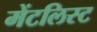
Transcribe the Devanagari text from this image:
मेंटलिस्ट